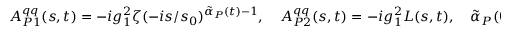
A _ { { \cal P } 1 } ^ { q q } ( s , t ) = - i g _ { 1 } ^ { 2 } \zeta ( - i s / s _ { 0 } ) ^ { \tilde { \alpha } _ { \cal P } ( t ) - 1 } , \quad A _ { { \cal P } 2 } ^ { q q } ( s , t ) = - i g _ { 1 } ^ { 2 } L ( s , t ) , \quad \tilde { \alpha } _ { \cal P } ( 0 ) = 1